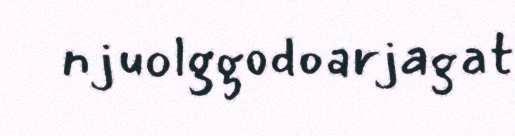
njuolggodoarjagat